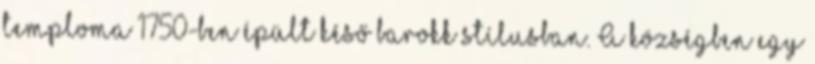
temploma 1750-ben épült késő barokk stílusban. A községben egy